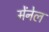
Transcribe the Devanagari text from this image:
मेंनेल